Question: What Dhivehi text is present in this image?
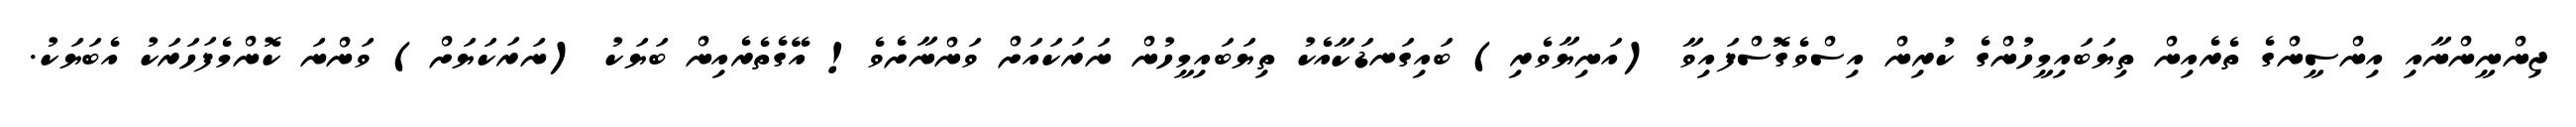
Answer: ޖިންނީންނާއި އިންސީންގެ ތެރެއިން ތިޔަބައިމީހުންގެ ކުރިން އިސްވެގޮސްފައިވާ (އަނިޔާވެރި) ބައިގަނޑަކާއެކު ތިޔަބައިމީހުން ނަރަކައަށް ވަންނާށެވެ! އޭގެތެރެއިން ބަޔަކު (ނަރަކަޔަށް) ވަންނަ ކޮންމެފަހަރަކު އެބަޔަކު.